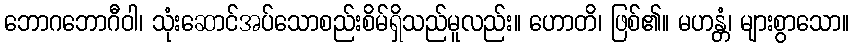
ဘောဂဘောဂီဝါ၊ သုံးဆောင်အပ်သောစည်းစိမ်ရှိသည်မူလည်း။ ဟောတိ၊ ဖြစ်၏။ မဟန္တံ၊ များစွာသော။